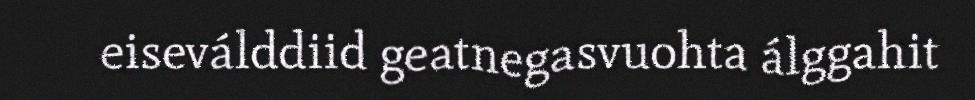
eiseválddiid geatnegasvuohta álggahit